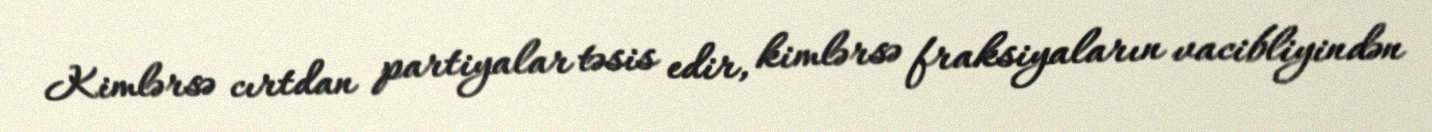
Kimlərsə cırtdan partiyalar təsis edir, kimlərsə fraksiyaların vacibliyindən